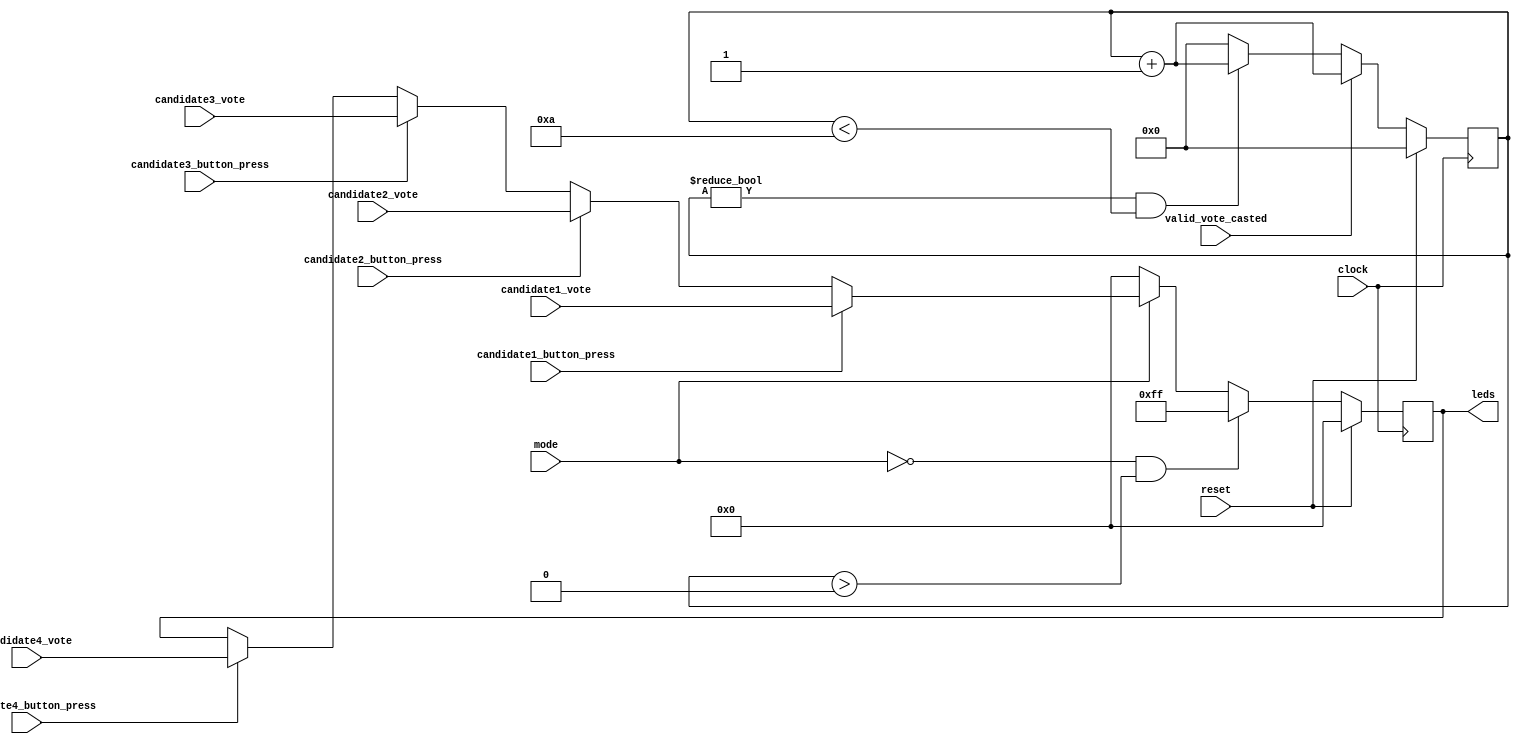
`timescale 1ns / 1ps

module modelControl (
    input clock,
    input reset,
    input mode,
    input valid_vote_casted,
    input [7:0] candidate1_vote, 
    input [7:0] candidate2_vote, 
    input [7:0] candidate3_vote, 
    input [7:0] candidate4_vote,  
    input candidate1_button_press,
    input candidate2_button_press,
    input candidate3_button_press,
    input candidate4_button_press,  
    output reg [7:0] leds
);

    reg [30:0] counter;

    always @(posedge clock)
    begin 
        if (reset)
            counter <= 0;
        else if (valid_vote_casted) // if valid vote casted counter becomes 1
            counter <= counter + 1;
        else if (counter != 0 && counter < 10) // if counter is not 0, increment it till 10
            counter <= counter + 1;
        else // once counter becomes 10, reset it to zero
            counter <= 0;
    end 
    
    always @(posedge clock)
    begin
        if (reset)
            leds <= 0;
        else
        begin
            if (mode == 0 && counter > 0) // mode0 -> voting mode, mode 1->result mode
                leds <= 8'hFF;
            else if (mode == 0)
                leds <= 8'h00;
            else if (mode == 1) // result mode
            begin
                if (candidate1_button_press)
                    leds <= candidate1_vote;
                else if (candidate2_button_press)
                    leds <= candidate2_vote;
                else if (candidate3_button_press)
                    leds <= candidate3_vote;
                else if (candidate4_button_press)
                    leds <= candidate4_vote;
            end
        end
    end

endmodule